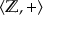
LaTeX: \langle \mathbb { Z } , + \rangle